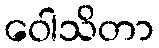
ဝေါသိတာ